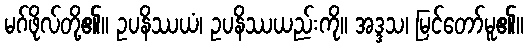
မဂ်ဖိုလ်တို့၏။ ဥပနိဿယံ၊ ဥပနိဿယည်းကို။ အဒ္ဒသ၊ မြင်တော်မူ၏။